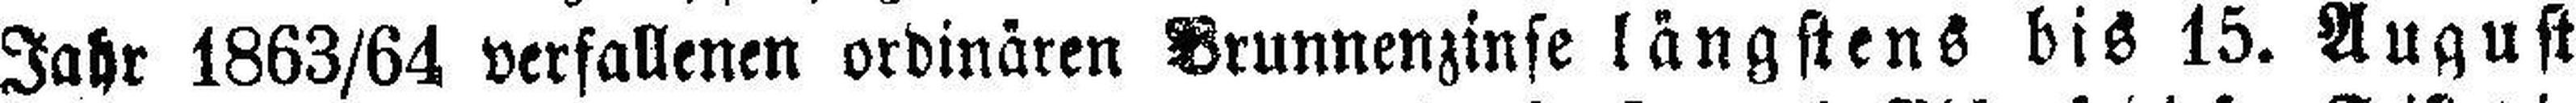
Jahr 1863/64 verfallenen ordinären Brunnenzinse längstens bis 15. August